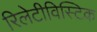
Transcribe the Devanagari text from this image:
रिलेटीविस्टिक